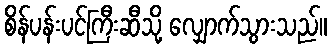
စိန်ပန်းပင်ကြီးဆီသို့ လျှောက်သွားသည်။